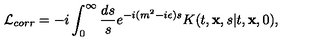
{ \cal L } _ { c o r r } = - i \int _ { 0 } ^ { \infty } { \frac { d s } { s } } e ^ { - i ( m ^ { 2 } - i \epsilon ) s } K ( t , { \bf x } , s \vert t , { \bf x } , 0 ) ,